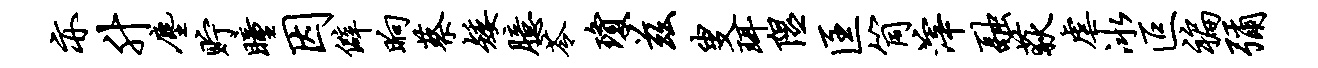
亦升尘贮瞳因僻晌蔡矮臆苓琼兹叟珥隰匡筒滓融荻虐冰叵褊弥